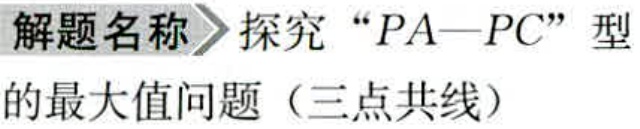
解题名称 探究 “\(PA - PC\)” 型

的最大值问题（三点共线）